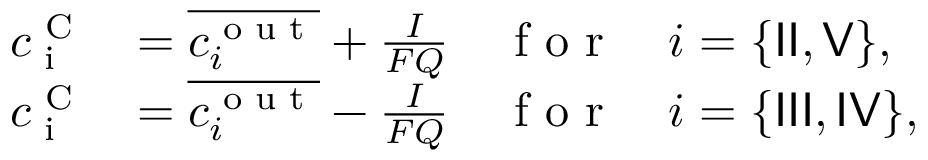
\begin{array} { r l } { c _ { \textrm { i } } ^ { \textrm { C } } } & { = \overline { { c _ { i } ^ { \textrm { o u t } } } } + \frac { I } { F Q } \quad \textrm { f o r } \quad i = \{ { \sf I I } , { \sf V } \} , } \\ { c _ { \textrm { i } } ^ { \textrm { C } } } & { = \overline { { c _ { i } ^ { \textrm { o u t } } } } - \frac { I } { F Q } \quad \textrm { f o r } \quad i = \{ { \sf I I I } , { \sf I V } \} , } \end{array}